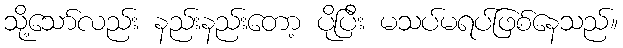
သို့သော်လည်း နည်းနည်းတော့ ပိုပြီး မသပ်မရပ်ဖြစ်နေသည်။